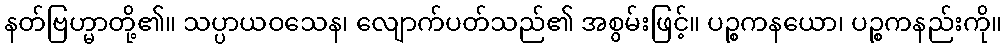
နတ်ဗြဟ္မာတို့၏။ သပ္ပာယဝသေန၊ လျောက်ပတ်သည်၏ အစွမ်းဖြင့်။ ပဉ္စကနယော၊ ပဉ္စကနည်းကို။